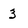
Character: 3